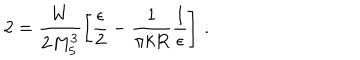
2 = \frac { W } { 2 M _ { 5 } ^ { 3 } } \left[ \frac { \epsilon } { 2 } - \frac { 1 } { \pi k R } \frac { 1 } { \epsilon } \right] \, .